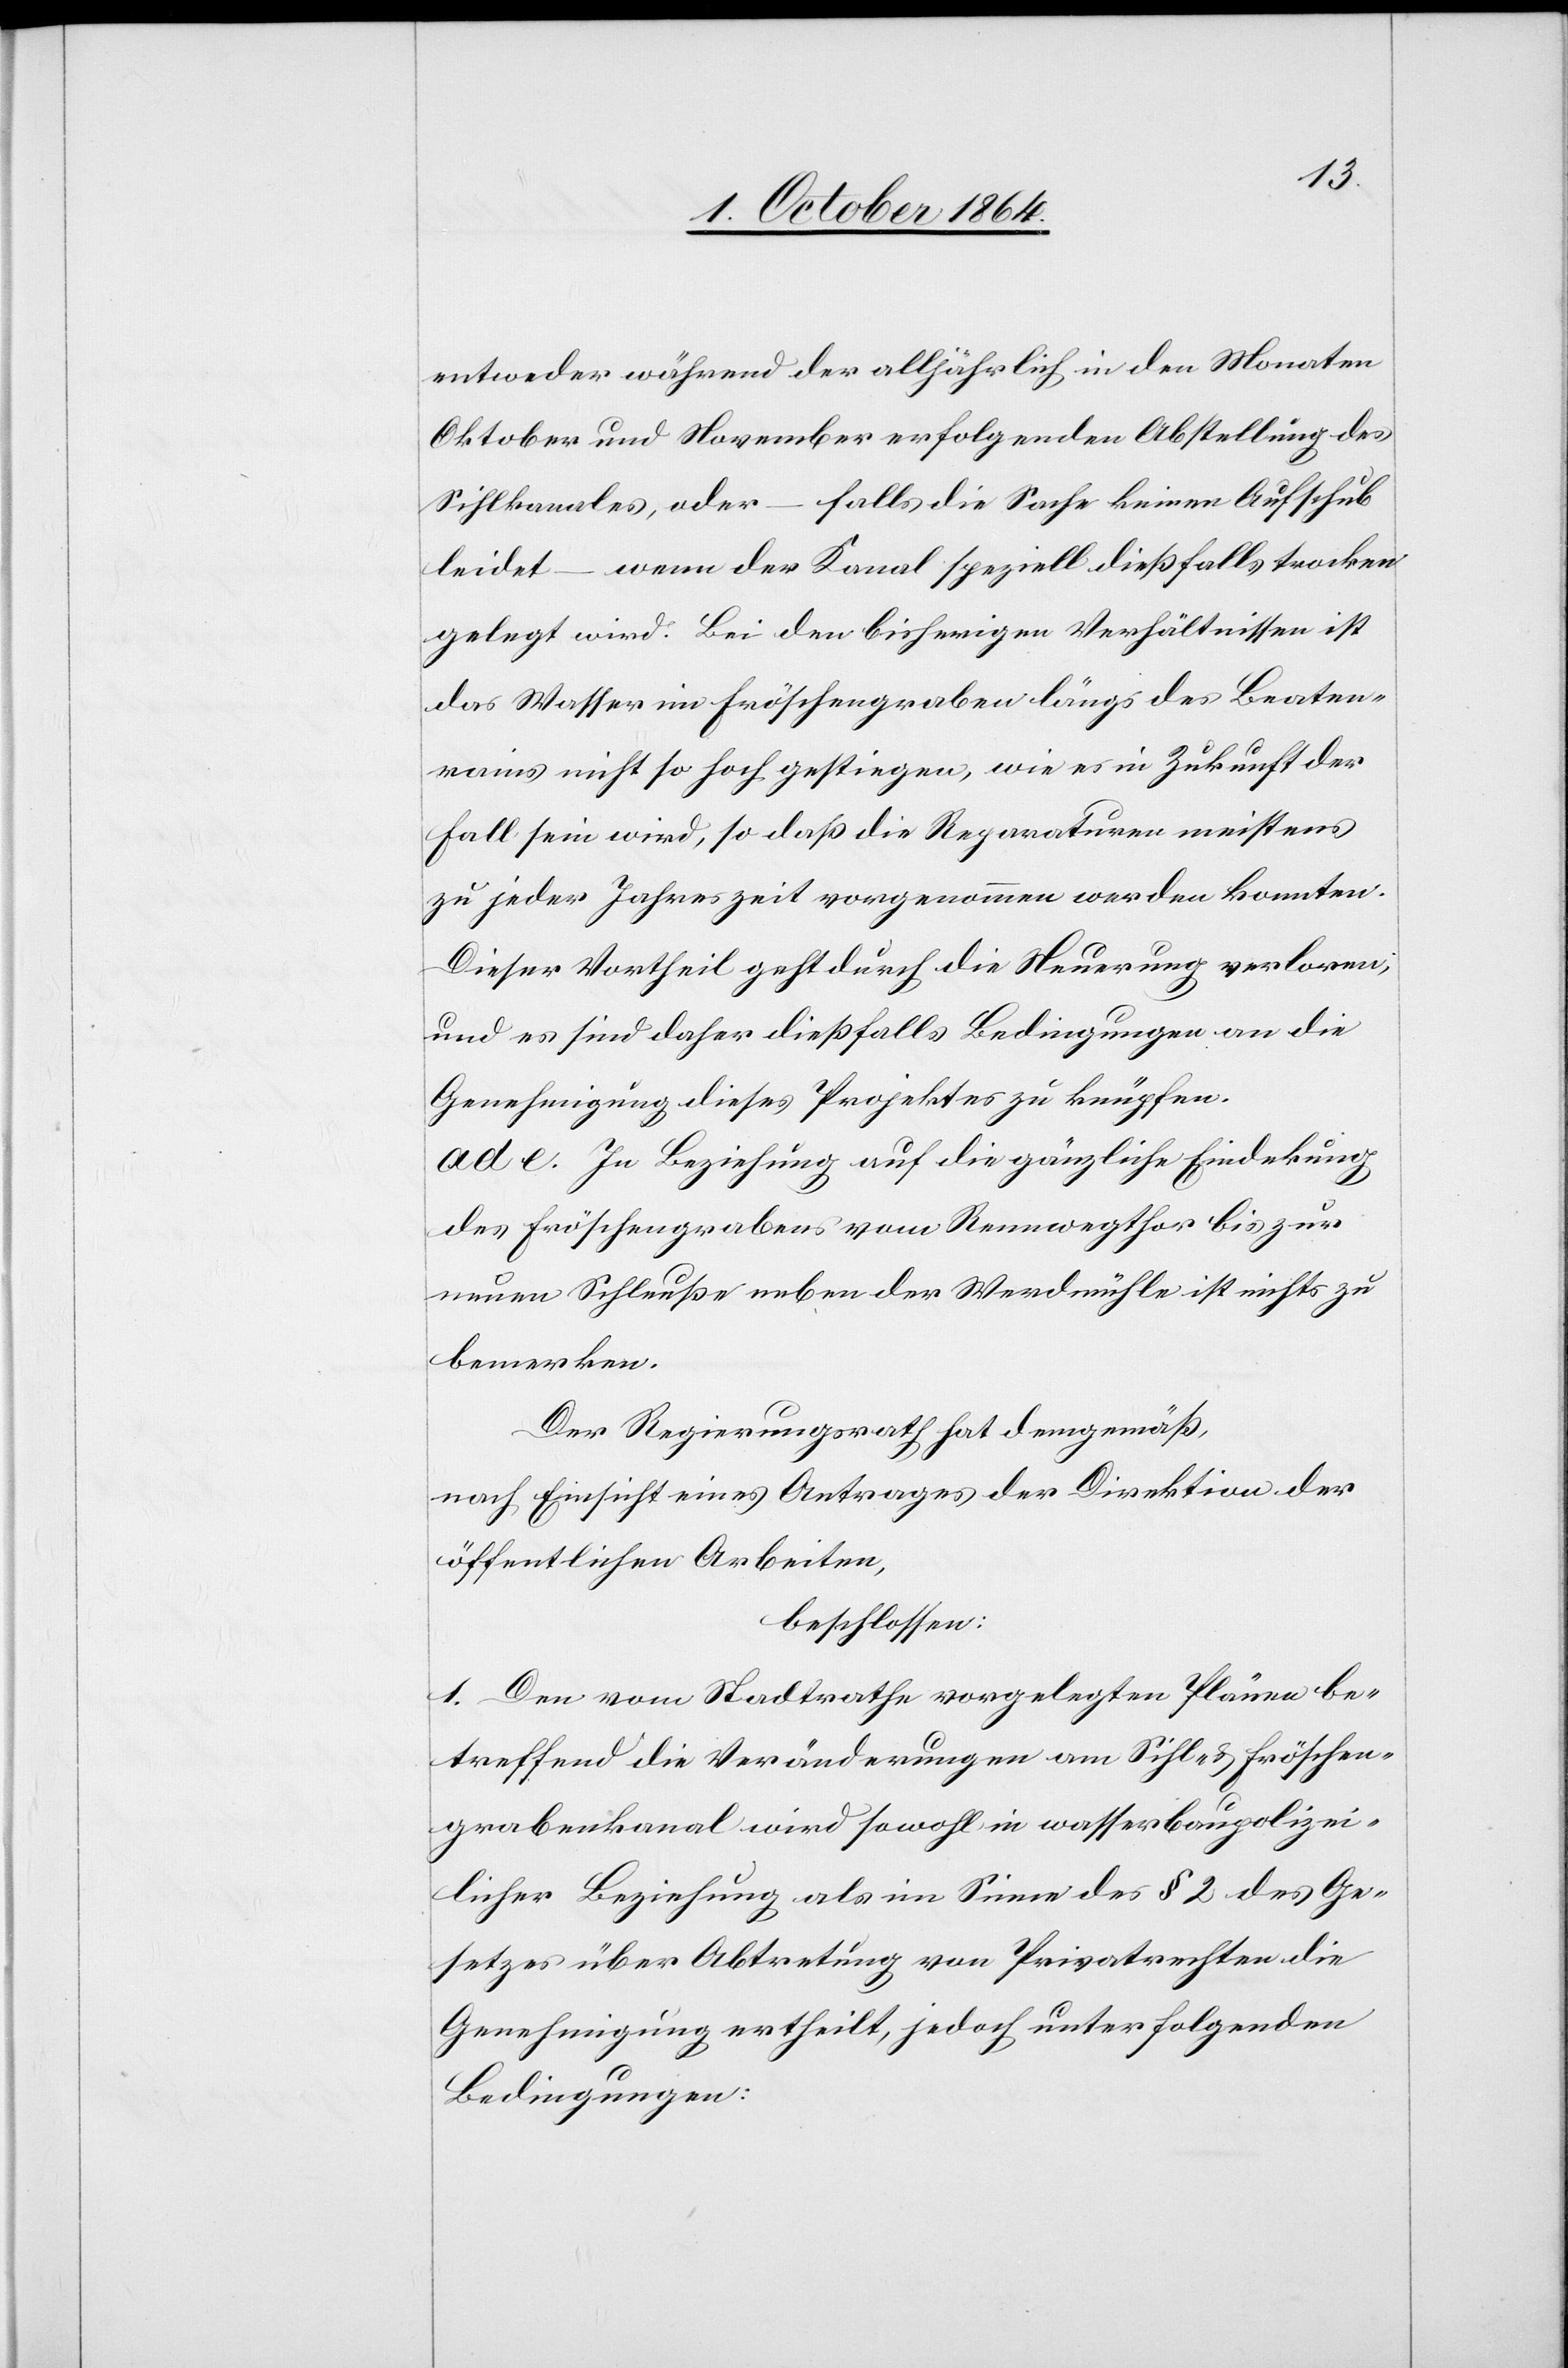
entweder während der alljährlich in den Monaten
Oktober und September erfolgenden Abstellung des
Sihlkanales oder – falls die Sache keinen Aufschub
leidet – wenn der Kanal speziell dießfalls trocken
gelegt wird. Bei den bisherigen Verhältnissen ist
das Wasser im Fröschengraben längs des Beaten¬
rains nicht so hoch gestiegen, wie es in Zukunft der
Fall sein wird, so daß die Reparaturen meistens
zu jeder Jahreszeit vorgenommen werden konnten.
Dieser Vortheil geht durch die Neuerung verloren,
und es sind daher dießfalls Bedingungen an die
Genehmigung dieses Projektes zu knüpfen.
ad e. In Beziehung auf die gänzliche Eindeckung
des Fröschengrabens vom Rennwegthor bis zur
neuen Schleuße neben der Werdmühle ist nichts zu
bemerken.
Der Regierungsrath hat demgemäß,
nach Einsicht eines Antrages der Direktion der
öffentlichen Arbeiten,
beschlossen:
1. Den vom Stadtrathe vorgelegten Plänen be¬
treffend die Veränderungen am Sihl- & Fröschen¬
grabenkanal wird sowohl in wasserbaupolizei¬
licher Beziehung als im Sinne des § 2 des Ge¬
setzes über Abtretung von Privatrechten die
Genehmigung ertheilt, jedoch unter folgenden
Bedingungen: